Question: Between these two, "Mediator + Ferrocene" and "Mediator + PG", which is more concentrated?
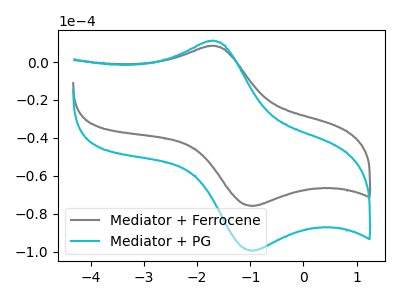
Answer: <think>The gray curve "Mediator + Ferrocene" has an anodic peak at (-1.75V, 8.45uA) and a cathodic peak at (-0.95V, -75.95uA). The cyan curve "Mediator + PG" has an anodic peak at (-1.75V, 11.10uA) and a cathodic peak at (-0.95V, -99.55uA).
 All the peaks in "Mediator + Ferrocene" have a peak in "Mediator + PG" at the same potential. Every peak in "Mediator + Ferrocene" is lower than every peak in "Mediator + PG".</think>
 <answer>"Mediator + Ferrocene" has less signal than "Mediator + PG" and so likely has a lower concentration.</answer>
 <eval>less_concentration</eval>